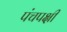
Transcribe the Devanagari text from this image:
पंचपक्षी